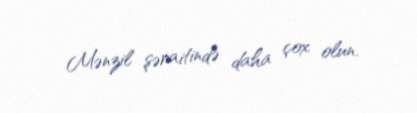
Mənzil şəraitində daha çox olun.